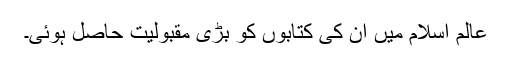
عالم اسلام میں ان کی کتابوں کو بڑی مقبولیت حاصل ہوئی۔